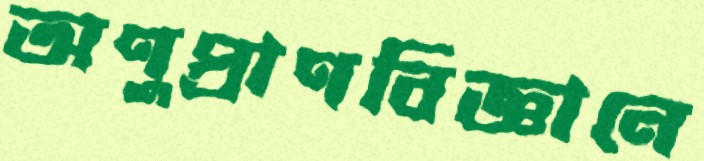
অণুপ্রাণবিজ্ঞানে